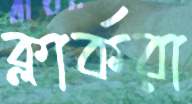
ক্লার্করা